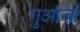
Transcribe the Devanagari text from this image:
गुआंज़ी